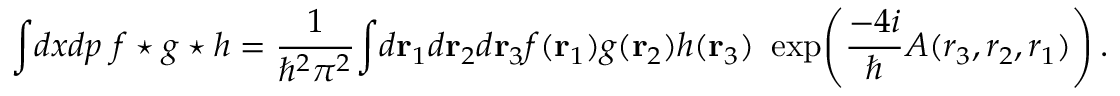
\int \! d x d p ~ f \star g \star h = { \frac { 1 } { \hbar ^ { 2 } \pi ^ { 2 } } } \! \int \! d { \bf r } _ { 1 } d { \bf r } _ { 2 } d { \bf r } _ { 3 } f ( { \bf r } _ { 1 } ) g ( { \bf r } _ { 2 } ) h ( { \bf r } _ { 3 } ) ~ \exp \! \left( { \frac { - 4 i } { \hbar } } A ( r _ { 3 } , r _ { 2 } , r _ { 1 } ) \right) .